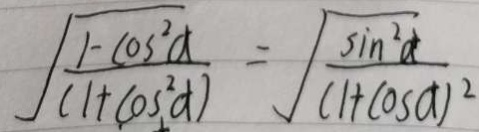
\sqrt { \frac { 1 - \cos ^ { 2 } \alpha } { ( 1 + \cos ^ { 2 } \alpha ) } } = \sqrt { \frac { \sin ^ { 2 } \alpha } { ( 1 + \cos \alpha ) ^ { 2 } } }